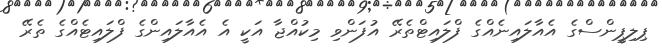
ޕިލިޕީންސްގެ އެއާލައިނެއްގެ ފްލައިޓްތެރޭ އުފަންވި މިކުއްޖާ އަކީ އެ އެއާލައިންގެ ފްލައިޓެއްގެ ތެރޭ